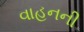
વાહનની